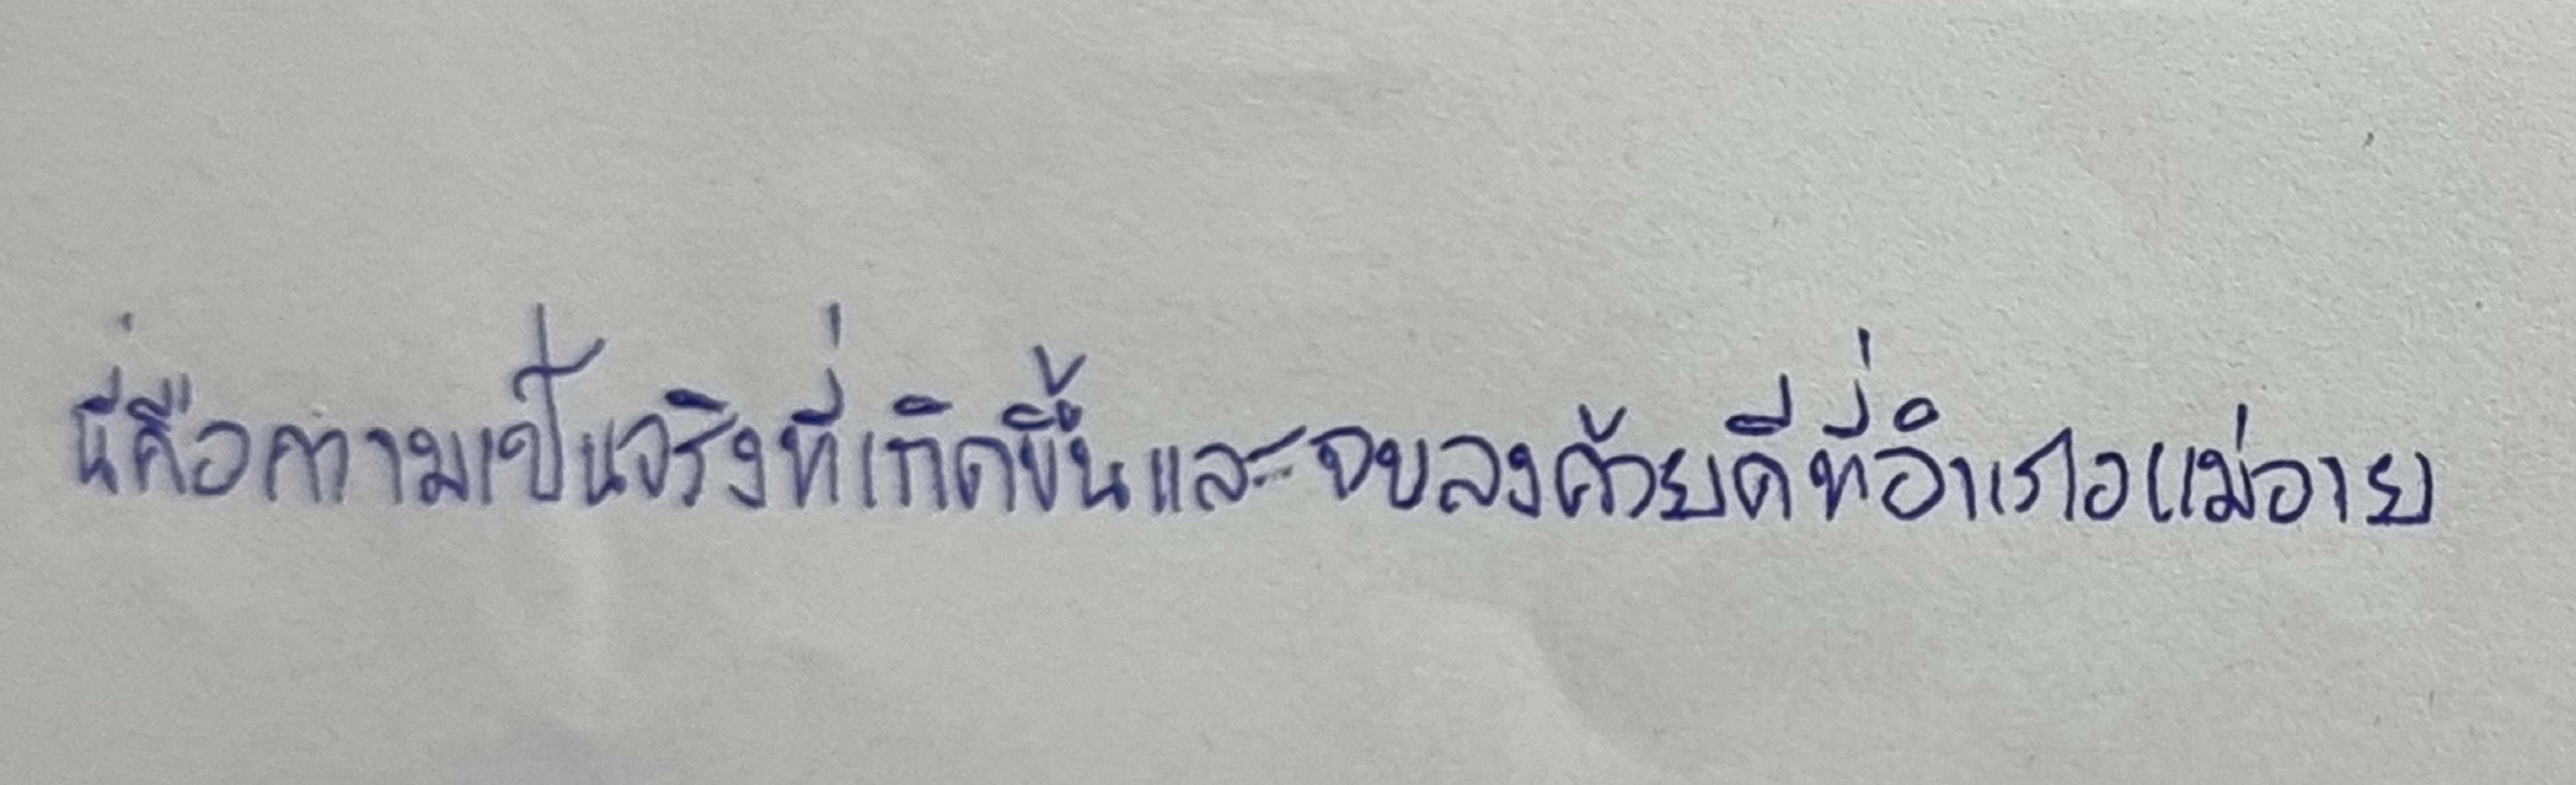
นี่คือความเป็นจริงที่เกิดขึ้นและจบลงด้วยดีที่อำเภอแม่อาย